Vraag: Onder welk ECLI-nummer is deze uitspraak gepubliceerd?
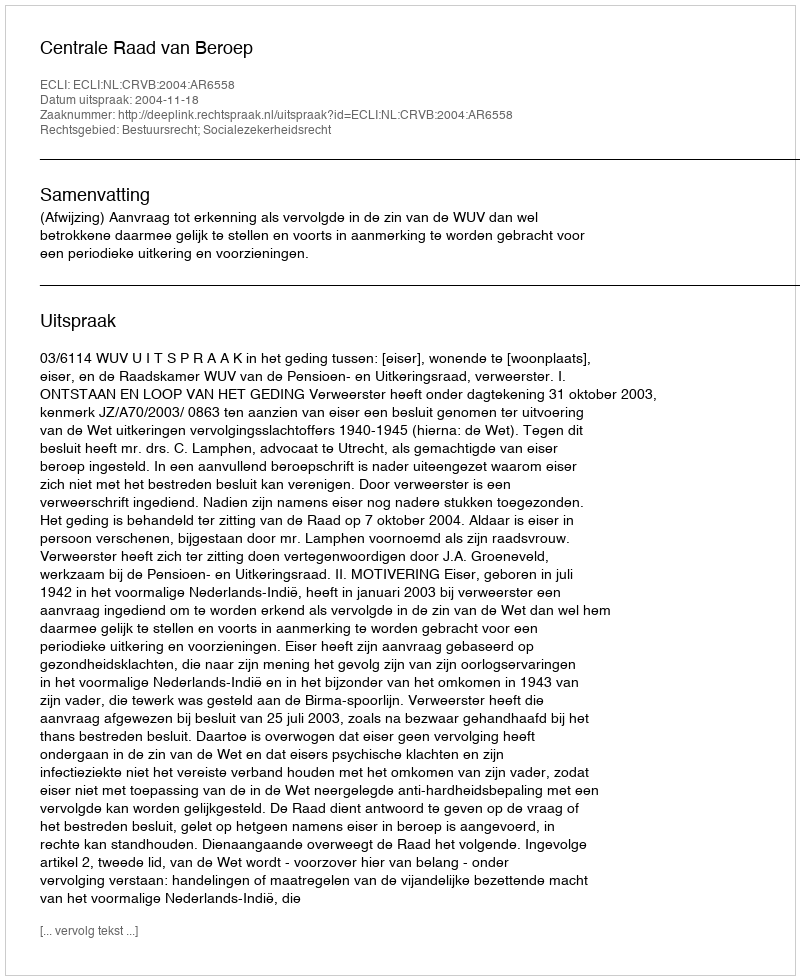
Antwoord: ECLI:NL:CRVB:2004:AR6558